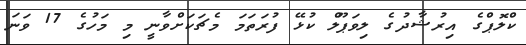
ކްލޮޕްގެ އިރުޝާދުގެ ލިވަޕޫލް ކުޅޭ ފުރަތަމަ މެޗަކަށްވާނީ މި މަހުގެ 17 ވަނަ